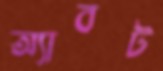
অ্যাবট